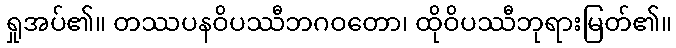
ရှုအပ်၏။ တဿပနဝိပဿီဘဂဝတော၊ ထိုဝိပဿီဘုရားမြတ်၏။